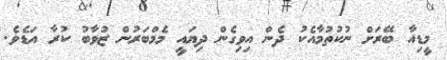
މީޑިއާ ބޭރަށް ނުކުތުމާއެކު ދެން އިވިގެން ދިޔައީ މެމްބަރުން ޒުވާބު ކުރާ އަޑެވެ.